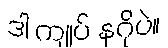
ဒါ ကျုပ် နဂိုပဲ။